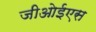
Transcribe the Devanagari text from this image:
जीओईएस